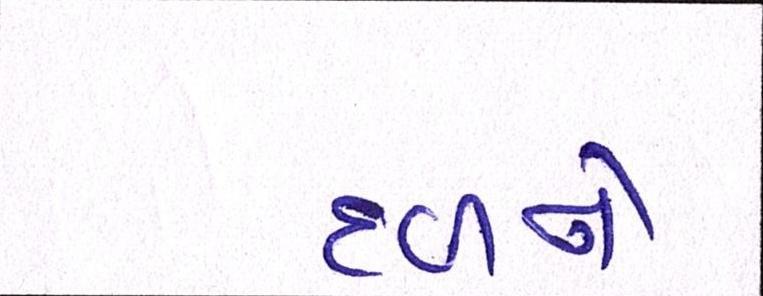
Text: દળને